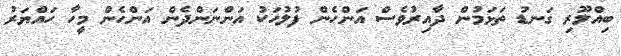
ބިއްލޫރި ގަނޑު ތަޅަމުން ދާއިރުވެސް އަންހެން ފުލުހަކު އަންނަންދެން އަންހެން މީހާ ހައްޔަރު